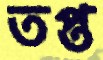
তপ্ত